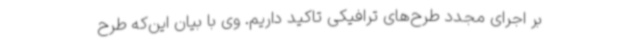
بر اجرای مجدد طرح‌های ترافیکی تاکید داریم. وی با بیان این‌که طرح